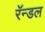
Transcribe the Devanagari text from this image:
रॅन्डल